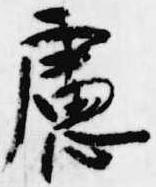
慮